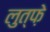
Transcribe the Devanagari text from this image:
लुत्फ़े